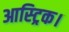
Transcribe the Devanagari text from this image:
आस्ट्रिक।